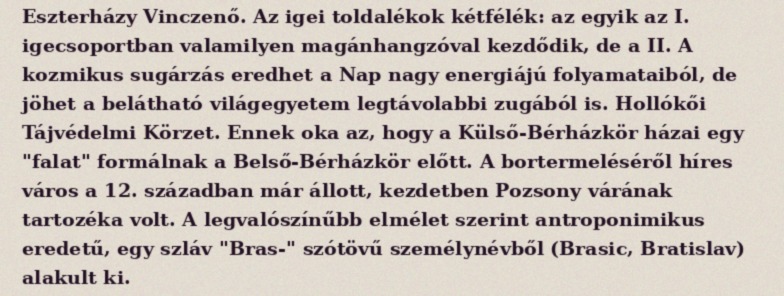
Eszterházy Vinczenő. Az igei toldalékok kétfélék: az egyik az I. igecsoportban valamilyen magánhangzóval kezdődik, de a II. A kozmikus sugárzás eredhet a Nap nagy energiájú folyamataiból, de jöhet a belátható világegyetem legtávolabbi zugából is. Hollókői Tájvédelmi Körzet. Ennek oka az, hogy a Külső-Bérházkör házai egy "falat" formálnak a Belső-Bérházkör előtt. A bortermeléséről híres város a 12. században már állott, kezdetben Pozsony várának tartozéka volt. A legvalószínűbb elmélet szerint antroponimikus eredetű, egy szláv "Bras-" szótövű személynévből (Brasic, Bratislav) alakult ki.